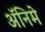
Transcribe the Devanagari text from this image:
अॅनिमे